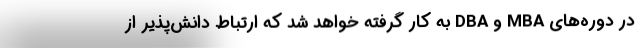
در دوره‌های MBA و DBA به کار گرفته خواهد شد که ارتباط دانش‌پذیر از